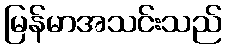
မြန်မာအသင်းသည်